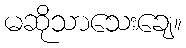
မဆိုသာသေးချေ။